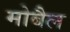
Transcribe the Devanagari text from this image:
मोबैल